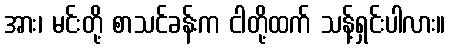
အား၊ မင်းတို့ စာသင်ခန်းက ငါတို့ထက် သန့်ရှင်းပါလား။